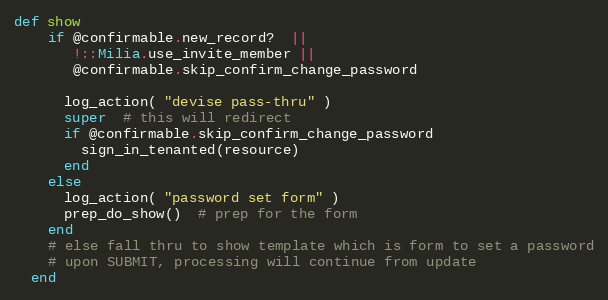
Language: Ruby
def show
    if @confirmable.new_record?  ||
       !::Milia.use_invite_member ||
       @confirmable.skip_confirm_change_password

      log_action( "devise pass-thru" )
      super  # this will redirect
      if @confirmable.skip_confirm_change_password
        sign_in_tenanted(resource)
      end
    else
      log_action( "password set form" )
      prep_do_show()  # prep for the form
    end
    # else fall thru to show template which is form to set a password
    # upon SUBMIT, processing will continue from update
  end